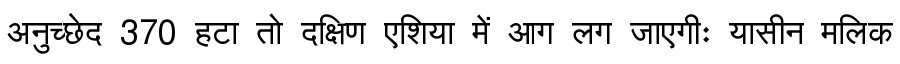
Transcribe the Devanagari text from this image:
अनुच्छेद 370 हटा तो दक्षिण एशिया में आग लग जाएगीः यासीन मलिक